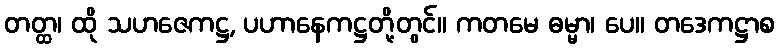
တတ္ထ၊ ထို သဟဇေကဋ္ဌ, ပဟာနေကဋ္ဌတို့တွင်။ ကတမေ ဓမ္မာ၊ ပေ။ တဒေကဋ္ဌာစ